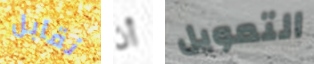
نقابل أن التمويل